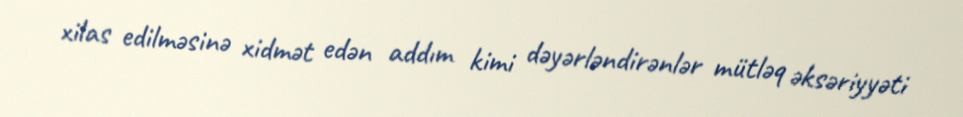
xilas edilməsinə xidmət edən addım kimi dəyərləndirənlər mütləq əksəriyyəti